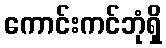
ကောင်းကင်ဘုံရှိ